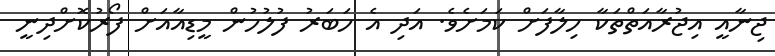
ޖިނާއީ އިޖުރާއަތްތަކާ ހިލާފަށް ކަމަށެވެ. އަދި އެ ހަބަރު ފުލުހުން މީޑިއާއަށް ފޯރުކޮށްދިނީ